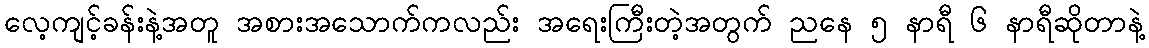
လေ့ကျင့်ခန်းနဲ့အတူ အစားအသောက်ကလည်း အရေးကြီးတဲ့အတွက် ညနေ ၅ နာရီ ၆ နာရီဆိုတာနဲ့